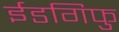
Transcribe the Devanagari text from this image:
ईडगिफु